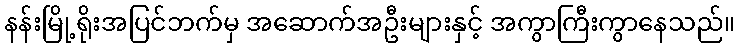
နန်းမြို့ရိုးအပြင်ဘက်မှ အဆောက်အဦးများနှင့် အကွာကြီးကွာနေသည်။